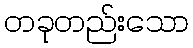
တခုတည်းသော